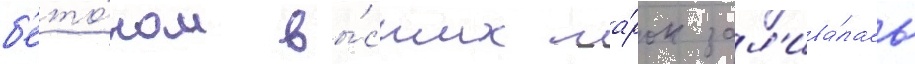
б'ето́ном вы́сших ма́рок зал'ива́лась